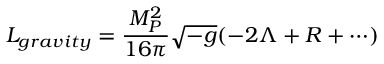
{ \cal L } _ { g r a v i t y } = \frac { M _ { P } ^ { 2 } } { 1 6 \pi } \sqrt { - g } ( - 2 \Lambda + R + \cdots )